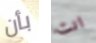
بأن انت